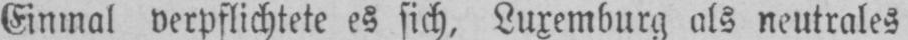
Einmal verpflichtete es sich, Luxemburg als neutrales